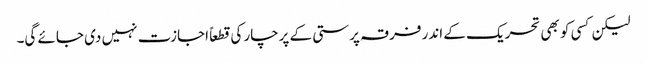
لیکن کسی کو بھی تحریک کے اندر فرقہ پرستی کے پرچار کی قطعاً اجازت نہیں دی جائے گی۔